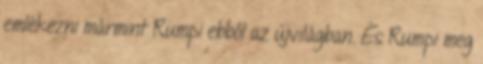
emlékezni mármint Rumpi ebből az újvilágban. És Rumpi meg